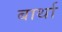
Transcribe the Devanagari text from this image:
बार्था